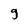
Character: g